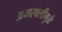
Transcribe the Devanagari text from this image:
अमरवेलीमुळे